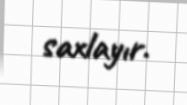
saxlayır.